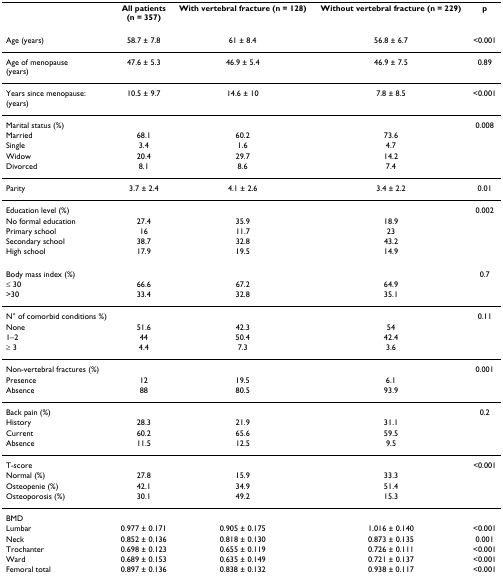
<table><thead><tr><td></td><td><b>All patients(n = 357)</b></td><td><b>With vertebral fracture (n = 128)</b></td><td><b>Without vertebral fracture (n = 229)</b></td><td><b>p</b></td></tr></thead><tbody><tr><td>Age (years)</td><td>58.7 ± 7.8</td><td>61 ± 8.4</td><td>56.8 ± 6.7</td><td>&lt;0.001</td></tr><tr><td>Age of menopause(years)</td><td>47.6 ± 5.3</td><td>46.9 ± 5.4</td><td>46.9 ± 7.5</td><td>0.89</td></tr><tr><td>Years since menopause:(years)</td><td>10.5 ± 9.7</td><td>14.6 ± 10</td><td>7.8 ± 8.5</td><td>&lt;0.001</td></tr><tr><td>Marital status (%)</td><td></td><td></td><td></td><td>0.008</td></tr><tr><td>Married</td><td>68.1</td><td>60.2</td><td>73.6</td><td></td></tr><tr><td>Single</td><td>3.4</td><td>1.6</td><td>4.7</td><td></td></tr><tr><td>Widow</td><td>20.4</td><td>29.7</td><td>14.2</td><td></td></tr><tr><td>Divorced</td><td>8.1</td><td>8.6</td><td>7.4</td><td></td></tr><tr><td>Parity</td><td>3.7 ± 2.4</td><td>4.1 ± 2.6</td><td>3.4 ± 2.2</td><td>0.01</td></tr><tr><td>Education level (%)</td><td></td><td></td><td></td><td>0.002</td></tr><tr><td>No formal education</td><td>27.4</td><td>35.9</td><td>18.9</td><td></td></tr><tr><td>Primary school</td><td>16</td><td>11.7</td><td>23</td><td></td></tr><tr><td>Secondary school</td><td>38.7</td><td>32.8</td><td>43.2</td><td></td></tr><tr><td>High school</td><td>17.9</td><td>19.5</td><td>14.9</td><td></td></tr><tr><td>Body mass index (%)</td><td></td><td></td><td></td><td>0.7</td></tr><tr><td>≤ 30</td><td>66.6</td><td>67.2</td><td>64.9</td><td></td></tr><tr><td>&gt;30</td><td>33.4</td><td>32.8</td><td>35.1</td><td></td></tr><tr><td>N° of comorbid conditions %)</td><td></td><td></td><td></td><td>0.11</td></tr><tr><td>None</td><td>51.6</td><td>42.3</td><td>54</td><td></td></tr><tr><td>1–2</td><td>44</td><td>50.4</td><td>42.4</td><td></td></tr><tr><td>≥ 3</td><td>4.4</td><td>7.3</td><td>3.6</td><td></td></tr><tr><td>Non-vertebral fractures (%)</td><td></td><td></td><td></td><td>0.001</td></tr><tr><td>Presence</td><td>12</td><td>19.5</td><td>6.1</td><td></td></tr><tr><td>Absence</td><td>88</td><td>80.5</td><td>93.9</td><td></td></tr><tr><td>Back pain (%)</td><td></td><td></td><td></td><td>0.2</td></tr><tr><td>History</td><td>28.3</td><td>21.9</td><td>31.1</td><td></td></tr><tr><td>Current</td><td>60.2</td><td>65.6</td><td>59.5</td><td></td></tr><tr><td>Absence</td><td>11.5</td><td>12.5</td><td>9.5</td><td></td></tr><tr><td>T-score</td><td></td><td></td><td></td><td>&lt;0.001</td></tr><tr><td>Normal (%)</td><td>27.8</td><td>15.9</td><td>33.3</td><td></td></tr><tr><td>Osteopenie (%)</td><td>42.1</td><td>34.9</td><td>51.4</td><td></td></tr><tr><td>Osteoporosis (%)</td><td>30.1</td><td>49.2</td><td>15.3</td><td></td></tr><tr><td>BMD</td><td></td><td></td><td></td><td></td></tr><tr><td>Lumbar</td><td>0.977 ± 0.171</td><td>0.905 ± 0.175</td><td>1.016 ± 0.140</td><td>&lt;0.001</td></tr><tr><td>Neck</td><td>0.852 ± 0.136</td><td>0.818 ± 0.130</td><td>0.873 ± 0.135</td><td>0.001</td></tr><tr><td>Trochanter</td><td>0.698 ± 0.123</td><td>0.655 ± 0.119</td><td>0.726 ± 0.111</td><td>&lt;0.001</td></tr><tr><td>Ward</td><td>0.689 ± 0.153</td><td>0.635 ± 0.149</td><td>0.721 ± 0.137</td><td>&lt;0.001</td></tr><tr><td>Femoral total</td><td>0.897 ± 0.136</td><td>0.838 ± 0.132</td><td>0.938 ± 0.117</td><td>&lt;0.001</td></tr></tbody></table>